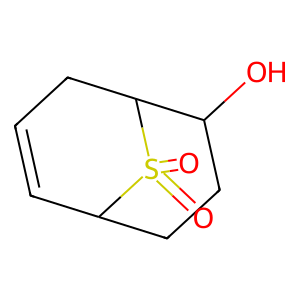
SMILES: O=S1(=O)C2C=CCC1C(O)CC2
Inhibits HIV replication: No